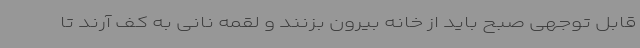
قابل توجهی صبح باید از خانه بیرون بزنند و لقمه نانی به کف آرند تا